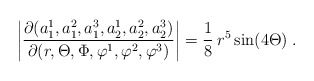
\begin{align*}\left| \frac{\partial(a_1^1, a_1^2, a_1^3, a_2^1, a_2^2, a_2^3)} {\partial (r,\Theta,\Phi,\varphi^1,\varphi^2,\varphi^3)} \right| = \frac{1}{8}\: r^5 \sin(4\Theta) \;. \end{align*}